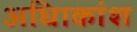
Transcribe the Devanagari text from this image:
अधिाकांश